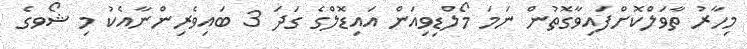
މިހާރު ތާވަލްކޮށްފައިވާގޮތުން ނަމަ މޯލްޑިވިއަން އައިޑޮލްގެ ގަދަ 3 ބައިވެރިންނާއެކު މި ޝޯވގެ